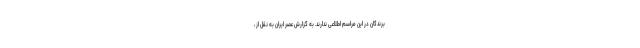
برندگان در این مراسم اطلاعی ندارند. به گزارش عصر ایران به نقل از ،